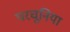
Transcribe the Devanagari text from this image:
परचूनिया